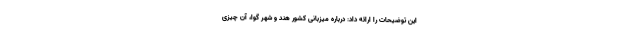
این توضیحات را ارائه داد: درباره میزبانی کشور هند و شهر گوا، آن چیزی